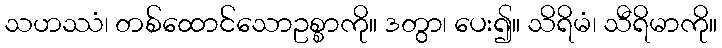
သဟဿံ၊ တစ်ထောင်သောဥစ္စာကို။ ဒတွာ၊ ပေး၍။ သိရိမံ၊ သီရိမာကို။